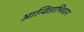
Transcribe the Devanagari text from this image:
आन्विताभिधान